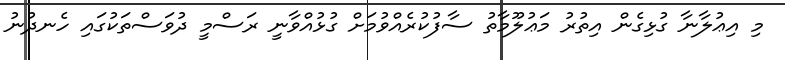
މި އިޢުލާނާ ގުޅިގެން އިތުރު މަޢުލޫމާތު ސާފުކުރެއްވުމަށް ގުޅުއްވާނީ ރަސްމީ ދުވަސްތަކުގައި ހެނދުނު